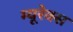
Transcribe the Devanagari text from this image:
म्यूरेक्स